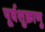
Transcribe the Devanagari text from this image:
पूर्वशुक्राणु